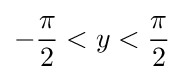
-{\frac {\pi }{2}}<y<{\frac {\pi }{2}}